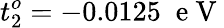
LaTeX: t_{2}^{o}=-0.0125\; \mathrm{~e~V~}